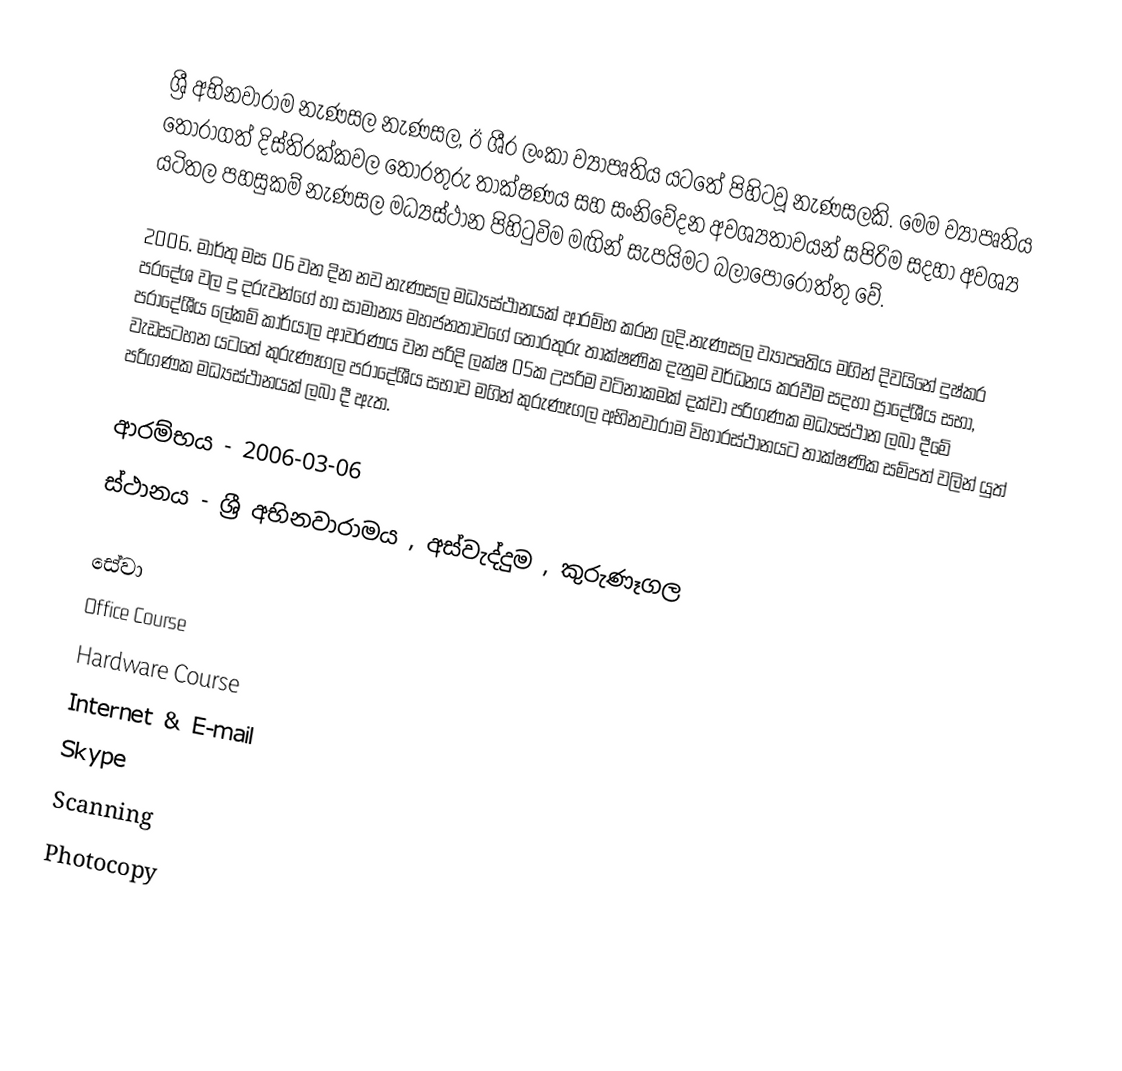
ශ්‍රී අභිනවාරාම නැණසල නැණසල, ඊ ශී‍්‍ර ලංකා ව්‍යාපෘතිය යටතේ පිහිටවූ නැණසලකි. මෙම ව්‍යාපෘතිය තෝරාගත් දිස්ති‍්‍රක්කවල තොරතුරු තාක්ෂණය සහ සංනිවේදන අවශ්‍යතාවයන් සපිරිම සදහා අවශ්‍ය යටිතල පහසුකම් නැණසල මධ්‍යස්ථාන පිහිටුවිම මඟින් සැපයිමට බලාපොරොත්තු වේ.

 2006. මාර්තු මස 06 වන දින නව නැණසල මධ්‍යස්ථානයක් ආරම්භ කරන ලදි.නැණසල ව්‍යාපෘතිය මගින් දිවයිනේ දුෂ්කර ප‍්‍රදේශ වල දු දරුවන්ගේ හා සාමාන්‍ය මහජනතාවගේ තොරතුරු තාක්ෂණික දැනුම වර්ධනය කරවීම සදහා ප්‍රාදේශීය සභා, ප‍්‍රාදේශීය ලේකම් කාර්යාල ආවරණය වන පරිදි ලක්ෂ 05ක උපරිම වටිනාකමක් දක්වා පරිගණක මධ්‍යස්ථාන ලබා දීමේ වැඩසටහන යටතේ කුරුණෑගල ප‍්‍රාදේශීය සභාව මගින් කුරුණෑගල අභිනවාරාම විහාරස්ථානයට තාක්ෂණික සම්පත් වලින් යුත් පරිගණක මධ්‍යස්ථානයක් ලබා දී ඇත.

ආරම්භය - 2006-03-06
ස්ථානය - ශ්‍රී අභිනවාරාමය , අස්වැද්දුම , කුරුණෑගල

සේවා
 Office Course
 Hardware Course
 Internet & E-mail
 Skype
 Scanning
 Photocopy